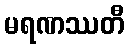
မရဏဿတီ